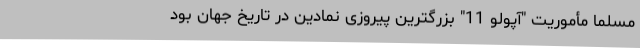
مسلماً مأموریت "آپولو 11" بزرگترین پیروزی نمادین در تاریخ جهان بود